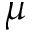
\mu